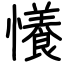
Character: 懩